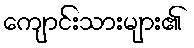
ကျောင်းသားများ၏